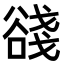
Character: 𧮺